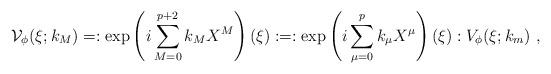
LaTeX: \begin{align*}\mathcal{V}_{\phi}(\xi;k_{M})=:\exp\left( i\sum_{M=0}^{p+2}k_{M}X^{M}\right)(\xi): =:\exp\left( i\sum_{\mu=0}^{p}k_{\mu}X^{\mu}\right)(\xi): V_{\phi}(\xi;k_{m})~, \end{align*}